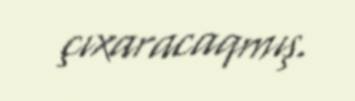
çıxaracaqmış.